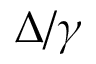
\Delta / \gamma